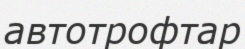
автотрофтар